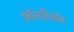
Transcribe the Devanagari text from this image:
फ़ौन्दतिओन